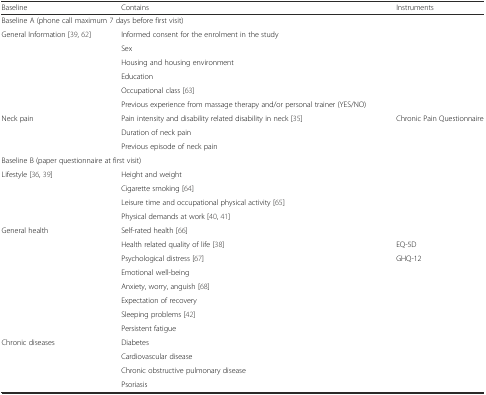
| Baseline | Contains | Instruments |
 | --- | --- | --- |
 | <COLSPAN=3> Baseline A (phone call maximum 7 days before first visit) |
 | <ROWSPAN=6> General Information [39, 62] | Informed consent for the enrolment in the study |  |
 | Sex |  |
 | Housing and housing environment |  |
 | Education |  |
 | Occupational class [63] |  |
 | Previous experience from massage therapy and/or personal trainer (YES/NO) |  |
 | <ROWSPAN=3> Neck pain | Pain intensity and disability related disability in neck [35] | Chronic Pain Questionnaire |
 | Duration of neck pain |  |
 | Previous episode of neck pain |  |
 | <COLSPAN=3> Baseline B (paper questionnaire at first visit) |
 | <ROWSPAN=4> Lifestyle [36, 39] | Height and weight |  |
 | Cigarette smoking [64] |  |
 | Leisure time and occupational physical activity [65] |  |
 | Physical demands at work [40, 41] |  |
 | <ROWSPAN=8> General health | Self-rated health [66] |  |
 | Health related quality of life [38] | EQ-5D |
 | Psychological distress [67] | GHQ-12 |
 | Emotional well-being |  |
 | Anxiety, worry, anguish [68] |  |
 | Expectation of recovery |  |
 | Sleeping problems [42] |  |
 | Persistent fatigue |  |
 | <ROWSPAN=4> Chronic diseases | Diabetes |  |
 | Cardiovascular disease |  |
 | <COLSPAN=2> Chronic obstructive pulmonary disease |
 | Psoriasis |  |